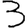
Digit: 3